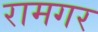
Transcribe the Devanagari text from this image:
रामगर